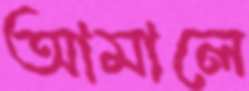
আমালে